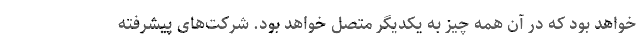
خواهد بود که در آن همه چیز به یکدیگر متصل خواهد بود. شرکت‌های پیشرفته